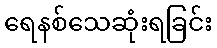
ရေနစ်သေဆုံးရခြင်း